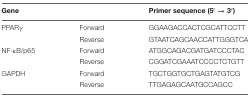
<table><thead><tr><td><b>Gene</b></td><td></td><td><b>Primer sequence (5′ → 3′)</b></td></tr></thead><tbody><tr><td>PPARγ</td><td>Forward</td><td>GGAAGACCACTCGCATTCCTT</td></tr><tr><td></td><td>Reverse</td><td>GTAATCAGCAACCATTGGGTCA</td></tr><tr><td>NF-κB/p65</td><td>Forward</td><td>ATGGCAGACGATGATCCCTAC</td></tr><tr><td></td><td>Reverse</td><td>CGGATCGAAATCCCCTCTGTT</td></tr><tr><td>GAPDH</td><td>Forward</td><td>TGCTGGTGCTGAGTATGTCG</td></tr><tr><td></td><td>Reverse</td><td>TTGAGAGCAATGCCAGCC</td></tr></tbody></table>